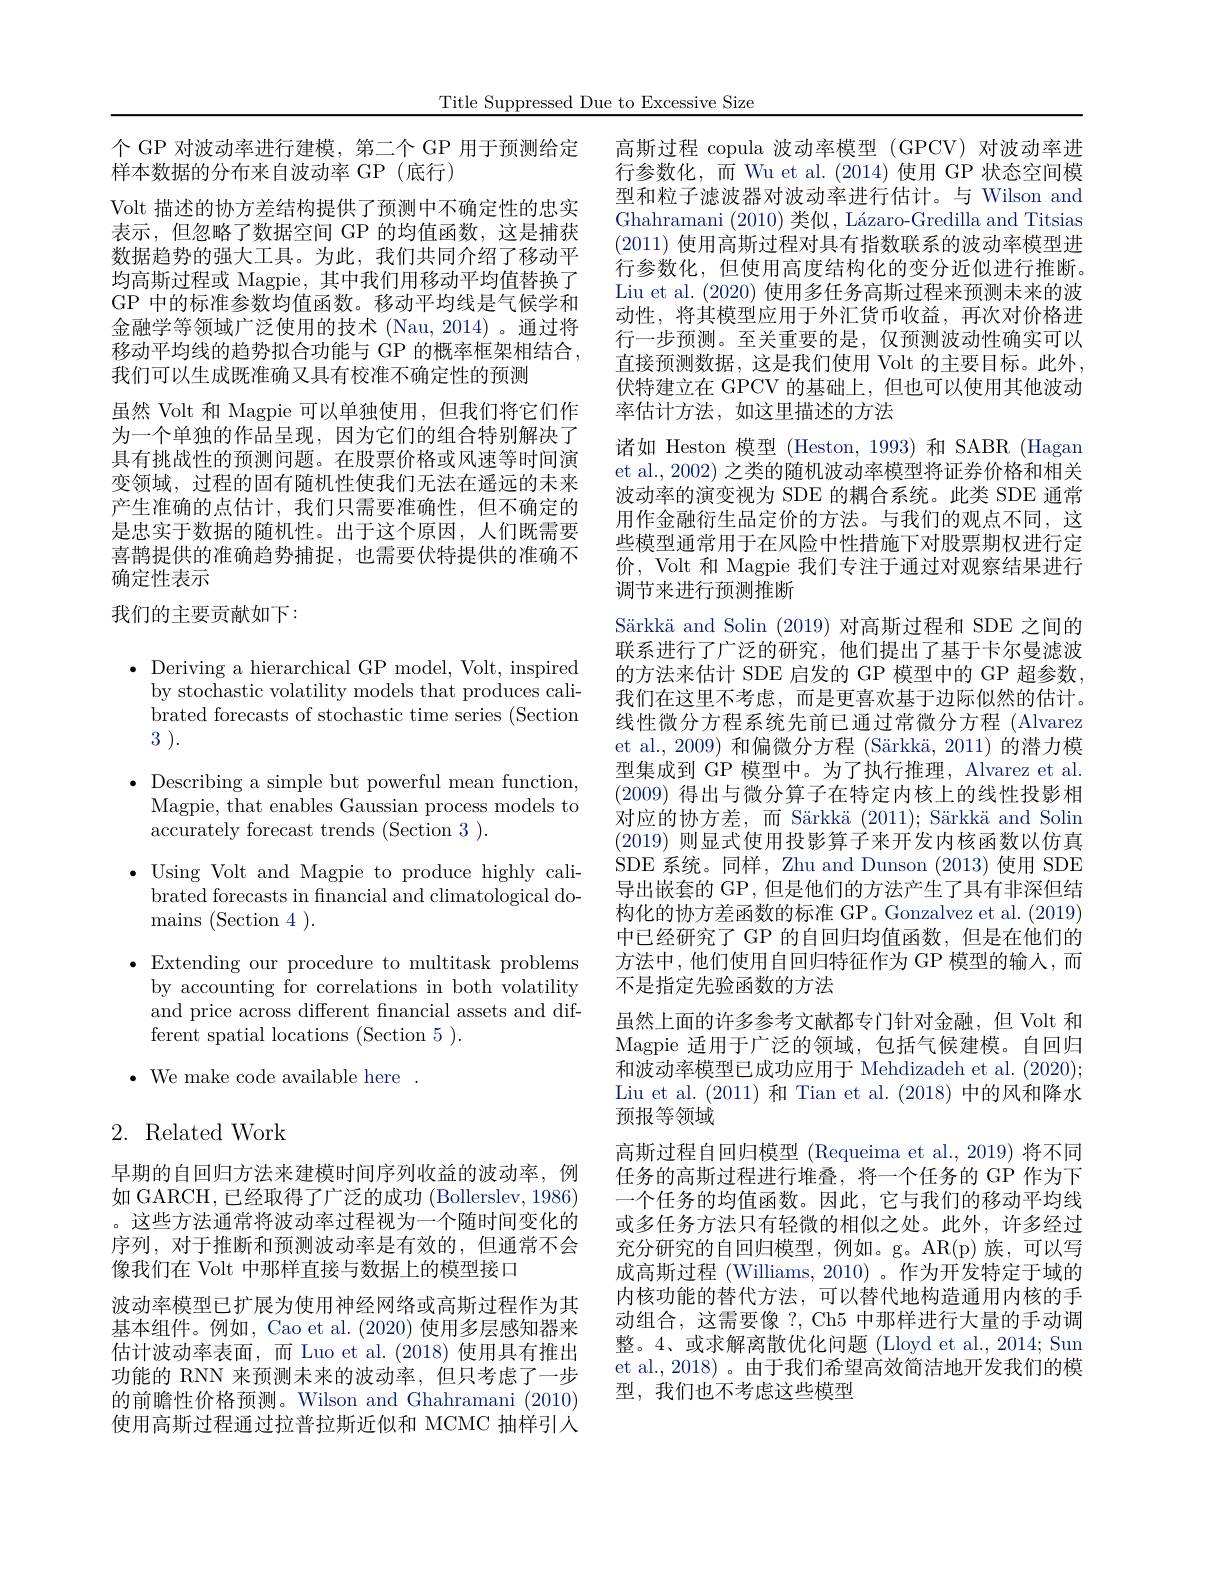
Title Suppressed Due to Excessive Size

个 GP 对波动率进行建模，第二个 GP 用于预测给定
样本数据的分布来自波动率 GP(底行)
Volt 描述的协方差结构提供了预测中不确定性的忠实表示，但忽略了数据空间 GP 的均值函数，这是捕获数据趋势的强大工具。为此，我们共同介绍了移动平均高斯过程或 Magpie, 其中我们用移动平均值替换了GP 中的标准参数均值函数。移动平均线是气候学和金融学等领域广泛使用的技术 (Nau, 2014) 。通过将移动平均线的趋势拟合功能与 GP 的概率框架相结合， 我们可以生成既准确又具有校准不确定性的预测
虽然 Volt 和 Magpie 可以单独使用，但我们将它们作为一个单独的作品呈现，因为它们的组合特别解决了具有挑战性的预测问题。在股票价格或风速等时间演变领域，过程的固有随机性使我们无法在遥远的未来产生准确的点估计，我们只需要准确性，但不确定的是忠实于数据的随机性。出于这个原因，人们既需要喜鹊提供的准确趋势捕捉，也需要伏特提供的准确不确定性表示
我们的主要贡献如下：

高斯过程 copula 波动率模型 (GPCV) 对波动率进行参数化，而 Wu et al.(2014) 使用 GP 状态空间模型和粒子滤波器对波动率进行估计。与 Wilson and Ghahramani (2010) 类似，Lázaro-Gredilla and Titsias (2011)使用高斯过程对具有指数联系的波动率模型进行参数化，但使用高度结构化的变分近似进行推断。Liu et al. (2020)使用多任务高斯过程来预测未来的波动性，将其模型应用于外汇货币收益，再次对价格进行一步预测。至关重要的是，仅预测波动性确实可以直接预测数据，这是我们使用 Volt 的主要目标。此外， 伏特建立在 GPCV 的基础上，但也可以使用其他波动率估计方法，如这里描述的方法
诸如 Heston 模型 (Heston, 1993) 和 SABR (Hagan et al., 2002) 之类的随机波动率模型将证券价格和相关波动率的演变视为 SDE 的耦合系统。此类 SDE 通常用作金融衍生品定价的方法。与我们的观点不同，这些模型通常用于在风险中性措施下对股票期权进行定价，Volt 和 Magpie 我们专注于通过对观察结果进行调节来进行预测推断
Särkkä and Solin (2019)对高斯过程和 SDE 之间的联系进行了广泛的研究，他们提出了基于卡尔曼滤波的方法来估计 SDE 启发的 GP 模型中的 GP 超参数， 我们在这里不考虑，而是更喜欢基于边际似然的估计。线性微分方程系统先前已通过常微分方程 (Alvarez) et al., 2009) 和偏微分方程 (Särkkä, 2011) 的潜力模型集成到 GP 模型中。为了执行推理，Alvarez et al. (2009)得出与微分算子在特定内核上的线性投影相对应的协方差，而 Särkkä $( 2011) ; \text{ S\"{a} rkk\"{a} and Solin}$ (2019)则显式使用投影算子来开发内核函数以仿真SDE系统。同样，Zhu and Dunson (2013) 使用 SDE 导出嵌套的 GP , 但是他们的方法产生了具有非深但结构化的协方差函数的标准 GP。Gonzalvez et al. (2019) 中已经研究了 GP 的自回归均值函数，但是在他们的方法中，他们使用自回归特征作为 GP 模型的输入，而不是指定先验函数的方法
虽然上面的许多参考文献都专门针对金融，但 Volt 和Magpie 适用于广泛的领域，包括气候建模。自回归和波动率模型已成功应用于 Mehdizadeh et al. (2020); Liu et al. (2011)和 Tian et al. (2018)中的风和降水预报等领域
高斯过程自回归模型 (Requeima et al., 2019) 将不同任务的高斯过程进行堆叠，将一个任务的 GP 作为下一个任务的均值函数。因此，它与我们的移动平均线或多任务方法只有轻微的相似之处。此外，许多经过充分研究的自回归模型，例如。g。AR(p)族，可以写成高斯过程 (Williams, 2010) 。作为开发特定于域的内核功能的替代方法，可以替代地构造通用内核的手动组合，这需要像？, Ch5 中那样进行大量的手动调整。4、或求解离散优化问题 (Lloyd et al., 2014; Sun et al., 2018) 。由于我们希望高效简洁地开发我们的模型，我们也不考虑这些模型

$\bullet$ Deriving a hierarchical GP model, Volt, inspired
by stochastic volatility models that produces calibrated forecasts of stochastic time series (Section 3 ).
$\bullet$ Describing a simple but powerful mean function,
Magpie, that enables Gaussian process models to
accurately forecast trends (Section 3 ).
$\bullet$Using Volt and Magpie to produce highly cali-
brated forecasts in financial and climatological do-
$\operatorname*{mains}($Section 4).
$\bullet$Extending our procedure to multitask problems
by accounting for correlations in both volatility and price across different fnancial assets and different spatial locations (Section 5 ).
$\bullet$ We make code available here .

# 2. Related Work

早期的自回归方法来建模时间序列收益的波动率，例如 GARCH, 已经取得了广泛的成功 (Bollerslev, 1986) 。这些方法通常将波动率过程视为一个随时间变化的序列，对于推断和预测波动率是有效的，但通常不会像我们在 Volt 中那样直接与数据上的模型接口
波动率模型已扩展为使用神经网络或高斯过程作为其基本组件。例如，Cao et al. (2020) 使用多层感知器来估计波动率表面，而 Luo et al. (2018) 使用具有推出功能的 RNN 来预测未来的波动率，但只考虑了一步的前瞻性价格预测。Wilson and Ghahramani (2010) 使用高斯过程通过拉普拉斯近似和 MCMC 抽样引人